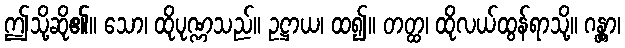
ဤသို့ဆို၏။ သော၊ ထိုပုဏ္ဏသည်။ ဥဋ္ဌာယ၊ ထ၍။ တတ္ထ၊ ထိုလယ်ထွန်ရာသို့။ ဂန္တွာ၊